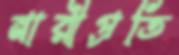
নারীপ্রতি